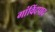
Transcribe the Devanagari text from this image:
गांविंदपाद